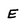
Character: E